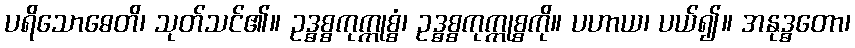
ပရိသောဓေတိ၊ သုတ်သင်၏။ ဥဒ္ဓစ္စကုက္ကုစ္စံ၊ ဥဒ္ဓစ္စကုက္ကုစ္စကို။ ပဟာယ၊ ပယ်၍။ အနုဒ္ဓတော၊